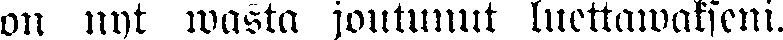
on nyt wasta joutunut luettawakseni.